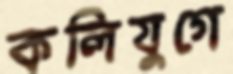
কলিযুগে